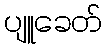
ပျူခေတ်